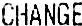
CHANGE